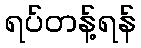
ရပ်တန့်ရန်